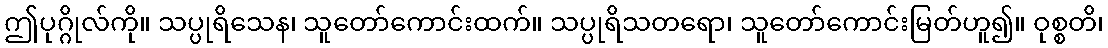
ဤပုဂ္ဂိုလ်ကို။ သပ္ပုရိသေန၊ သူတော်ကောင်းထက်။ သပ္ပုရိသတရော၊ သူတော်ကောင်းမြတ်ဟူ၍။ ဝုစ္စတိ၊